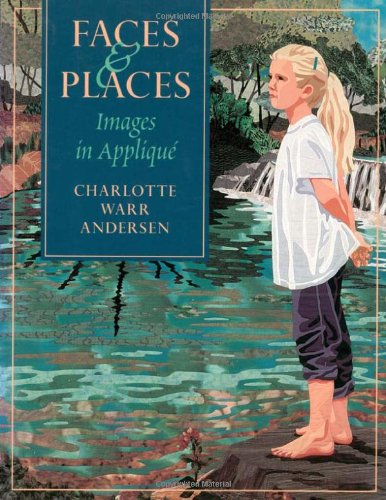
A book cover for Faces & Places: Images in Applique; Charlotte Warr Andersen; Crafts, Hobbies & Home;